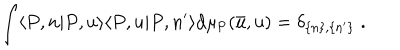
LaTeX: \int \langle P , n | P , u \rangle \langle P , u | P , n ^ { \prime } \rangle \mathrm { d \ m u _ { P } ( \bar { u } , u ) = \ d e l t a _ { \{ n \} , \{ n ^ { \prime } \} } \; . }